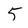
Character: 5